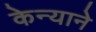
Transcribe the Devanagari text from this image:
केन्याने